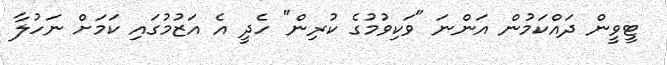
ޓީވީން ދައްކަމުން އަންނަ "ވަކިވުމުގެ ކުރިން" ހެދީ އެ އަޒުމުގައި ކަމަށް ނަހުލާ